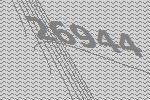
26944